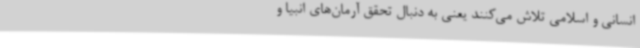
انسانی و اسلامی تلاش می‌کنند یعنی به دنبال تحقق آرمان‌های انبیا و